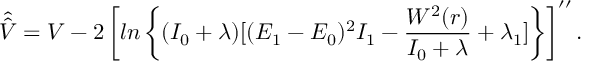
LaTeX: \hat { \hat { V } } = V - 2 \left[ l n \left\{ ( I _ { 0 } + \lambda ) { [ ( E _ { 1 } - E _ { 0 } ) ^ { 2 } I _ { 1 } - \frac { W ^ { 2 } ( r ) } { I _ { 0 } + \lambda } + \lambda _ { 1 } ] } \right\} \right] ^ { \prime \prime } .